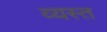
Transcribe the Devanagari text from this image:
व्‍यस्त